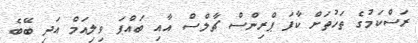
ރަސްކަމުގެ ތަހުތަށް ކާފަ ޕްރިންސް ޗާލްސް އާއި ބައްޕަ ވިލިއަމް އަދި ބޭބެ